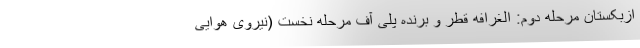
ازبکستان مرحله دوم: الغرافه قطر و برنده پلی آف مرحله نخست (نیروی هوایی